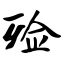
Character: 殓